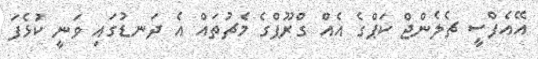
އޭއެފްސީ ޗެލެންޖް ކަޕްގެ އެއް ގްރޫޕްގެ މެޗުތައް އެ ދަނޑުގައި ވަނީ ކުޅެފަ